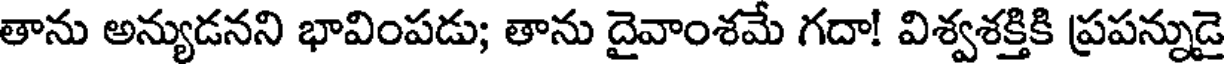
తాను అన్యుడనని భావింపడు; తాను దైవాంశమే గదా! విశ్వశక్తికి ప్రపన్నుడై